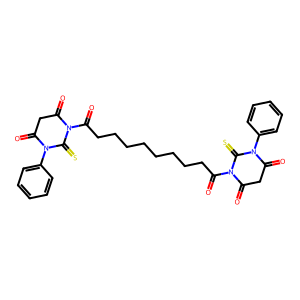
SMILES: O=C(CCCCCCCCC(=O)N1C(=O)CC(=O)N(c2ccccc2)C1=S)N1C(=O)CC(=O)N(c2ccccc2)C1=S
Inhibits HIV replication: No